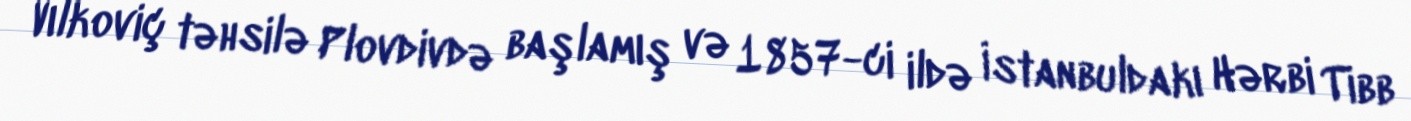
Vılkoviç təhsilə Plovdivdə başlamış və 1857-ci ildə İstanbuldakı Hərbi Tibb